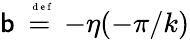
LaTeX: \mathsf{b}\stackrel{\mathrm{{~\tiny~{~d~e~f~}~}}}{=}-\eta(-\pi/k)